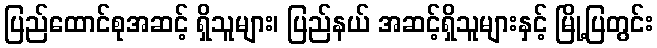
ပြည်ထောင်စုအဆင့် ရှိသူများ၊ ပြည်နယ် အဆင့်ရှိသူများနှင့် မြို့ပြတွင်း